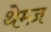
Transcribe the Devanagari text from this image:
थेम्ज़